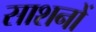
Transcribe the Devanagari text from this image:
साशनों